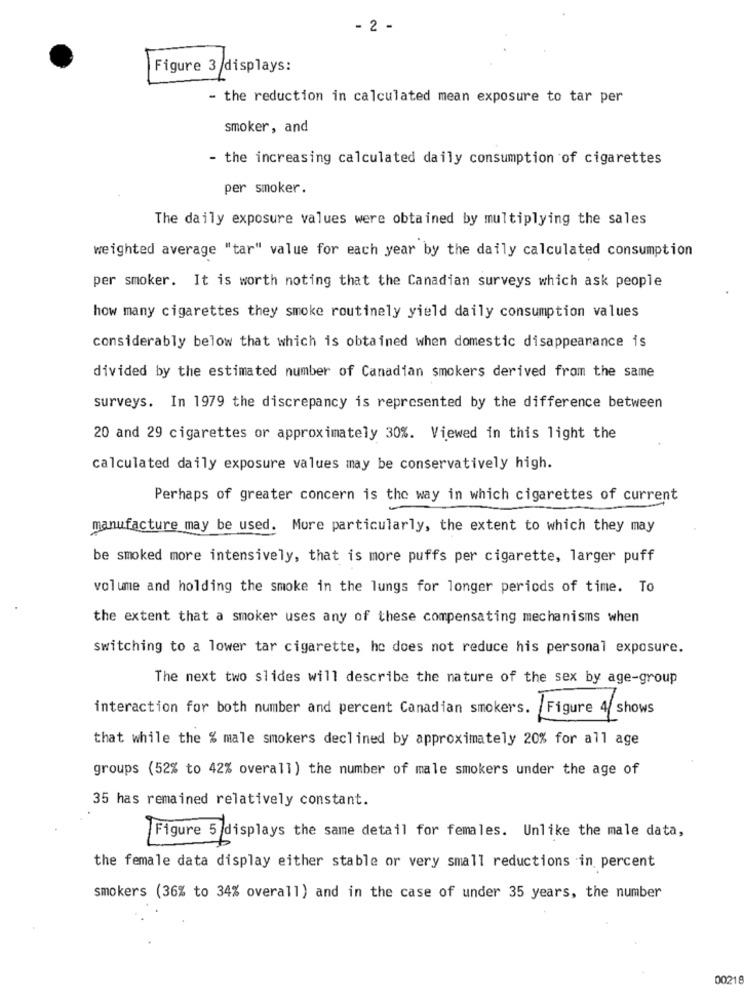
- 2 -
Figure 3/displays:
- the reduction in calculated mean exposure to tar per
smoker, and
- the increasing calculated daily consumption of cigarettes
per smoker.
The daily exposure values were obtained by multiplying the sales
weighted average "tar" value for each year by the daily calculated consumption
per smoker. It is worth noting that the Canadian surveys which ask people
how many cigarettes they smoke routinely yield daily consumption values
considerably below that which is obtained when domestic disappearance is
divided by the estimated number of Canadian smokers derived from the same
surveys. In 1979 the discrepancy is represented by the difference between
20 and 29 cigarettes or approximately 30%. Viewed in this light the
calculated daily exposure values may be conservatively high.
Perhaps of greater concern is the way in which cigarettes of current
manufacture may be used. More particularly, the extent to which they may
be smoked more intensively, that is more puffs per cigarette, larger puff
volume and holding the smoke in the lungs for longer periods of time. To
the extent that a smoker uses any of these compensating mechanisms when
switching to a lower tar cigarette, he does not reduce his personal exposure.
The next two slides will describe the nature of the sex by age-group
interaction for both number and percent Canadian smokers.
Figure 4/ shows
that while the % male smokers declined by approximately 20% for all age
groups (52% to 42% overall) the number of male smokers under the age of
35 has remained relatively constant.
Figure 5 displays the same detail for females. Unlike the male data,
the female data display either stable or very small reductions in percent
smokers (36% to 34% overall) and in the case of under 35 years, the number
00216